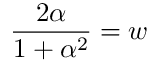
{ \frac { 2 \alpha } { 1 + \alpha ^ { 2 } } } = w